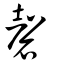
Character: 磬